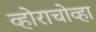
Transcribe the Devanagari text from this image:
व्होराचोव्हा